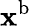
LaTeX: \mathbf{x}^{\textup{{b}}}